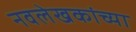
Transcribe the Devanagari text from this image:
नवलेखकांच्या